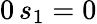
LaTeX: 0\, s_{1}=0